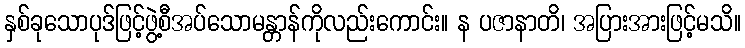
နှစ်ခုသောပုဒ်ဖြင့်ဖွဲ့စီအပ်သောမန္တာန်ကိုလည်းကောင်း။ န ပဇာနာတိ၊ အပြားအားဖြင့်မသိ။